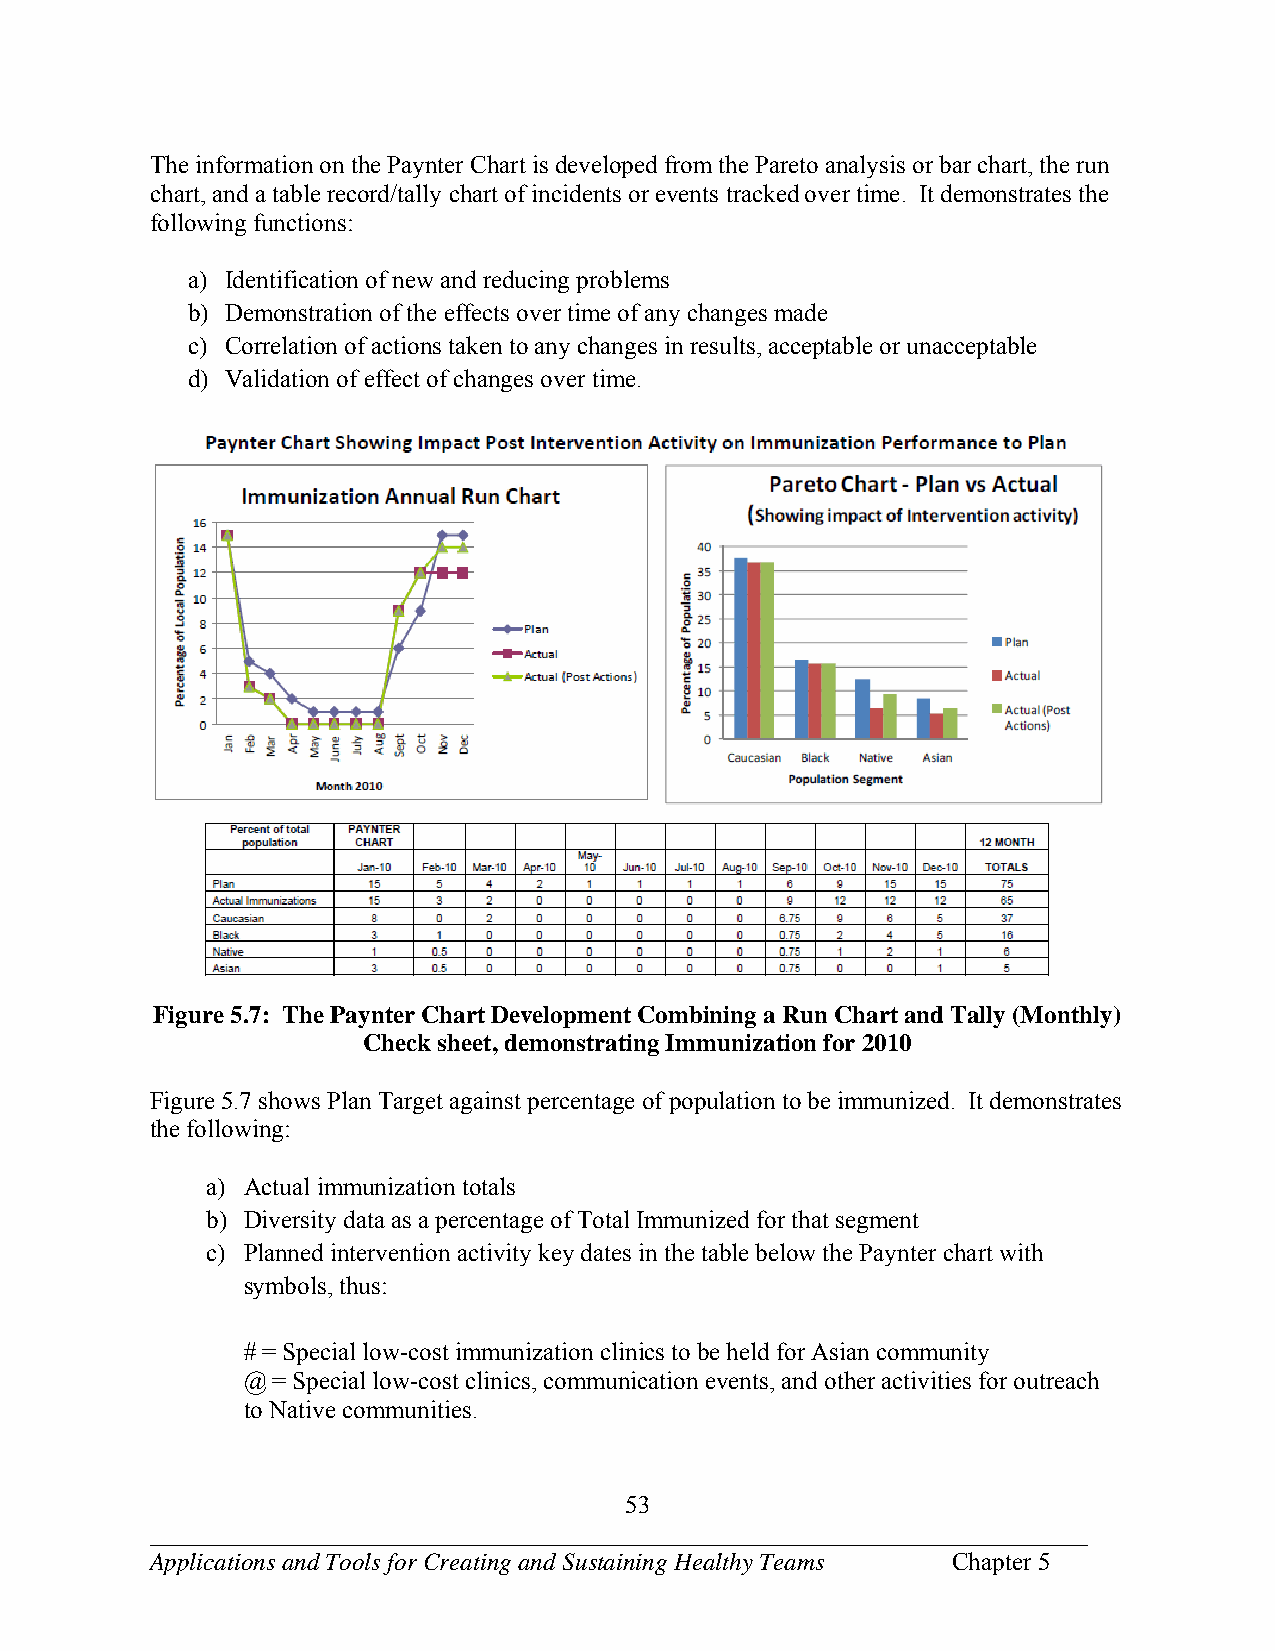
The information on the Paynter Chart is developed from the Pareto analysis or bar chart, the run
 chart, and a table record/tally chart of incidents or events tracked over time. It demonstrates the
 following functions:
 a) Identification of new and reducing problems
 b) Demonstration of the effects over time of any changes made
 c) Correlation of actions taken to any changes in results, acceptable or unacceptable
 d) Validation of effect of changes over time.
 Figure 5.7: The Paynter Chart Development Combining a Run Chart and Tally (Monthly)
 Check sheet, demonstrating Immunization for 2010
 Figure 5.7 shows Plan Target against percentage of population to be immunized. It demonstrates
 the following:
 a) Actual immunization totals
 b) Diversity data as a percentage of Total Immunized for that segment
 c) Planned intervention activity key dates in the table below the Paynter chart with
 symbols, thus:
 # = Special low-cost immunization clinics to be held for Asian community
 @ = Special low-cost clinics, communication events, and other activities for outreach
 to Native communities.
 53
 ___________________________________________________________________________
 Applications and Tools for Creating and Sustaining Healthy Teams Chapter 5